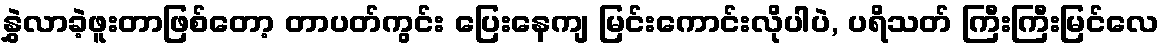
နွှဲလာခဲ့ဖူးတာဖြစ်တော့ တာပတ်ကွင်း ပြေးနေကျ မြင်းကောင်းလိုပါပဲ, ပရိသတ် ကြီးကြီးမြင်လေ